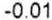
-0.01